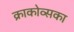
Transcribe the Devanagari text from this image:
क्राकोव्सका